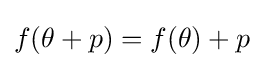
f(\theta +p)=f(\theta )+p